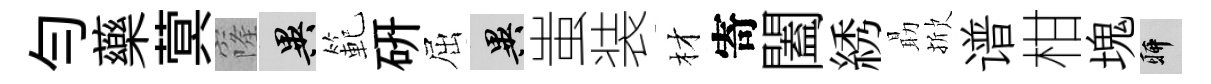
勻藥蓂窿异範硏屈异蚩装材寄闔綉朂掀谱柑塊聊